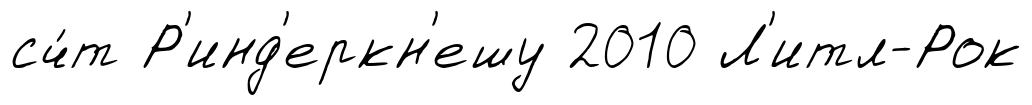
сч́т Р'инд'еркн'ешу 2010 Л'итл-Рок